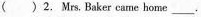
( )2. Mrs. Baker came home ___.